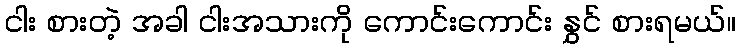
ငါး စားတဲ့ အခါ ငါးအသားကို ကောင်းကောင်း နွှင် စားရမယ်။